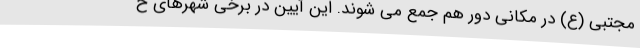
مجتبی (ع) در مکانی دور هم جمع می ‌شوند. این آیین در برخی شهرهای خ